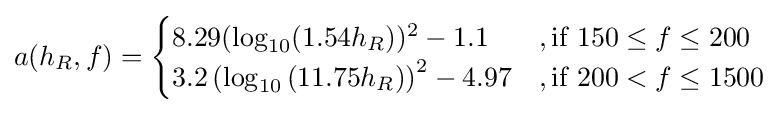
a(h_{R},f)={\begin{cases}8.29(\log _{10}({1.54h_{R}}))^{2}-1.1&,{\text{if }}150\leq f\leq 200\\3.2\left(\log _{10}\left({11.75h_{R}}\right)\right)^{2}-4.97&,{\text{if }}200<f\leq 1500\end{cases}}